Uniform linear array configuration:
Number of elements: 48
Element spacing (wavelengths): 1
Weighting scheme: binomial
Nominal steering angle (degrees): -45
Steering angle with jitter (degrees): -43.096
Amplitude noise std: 0.05
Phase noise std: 0.05

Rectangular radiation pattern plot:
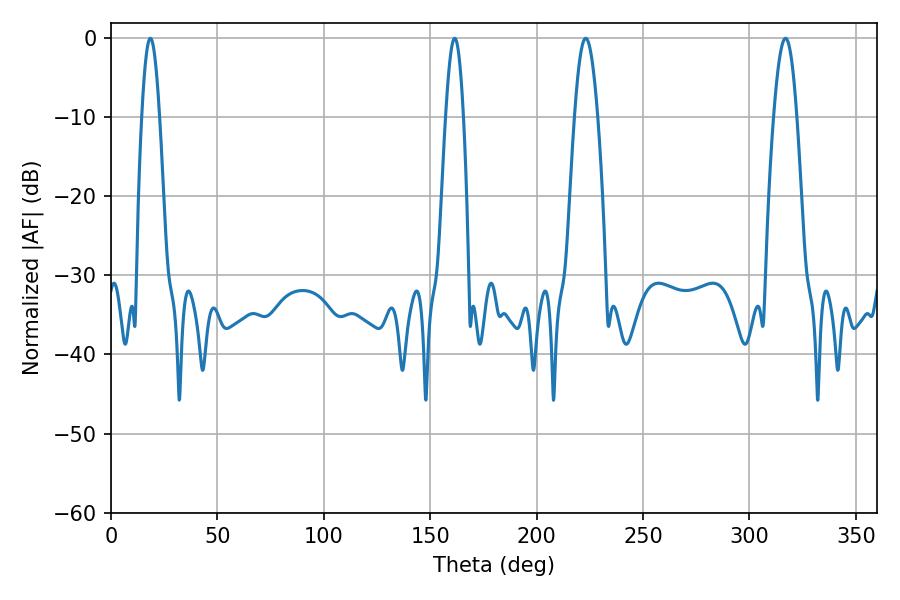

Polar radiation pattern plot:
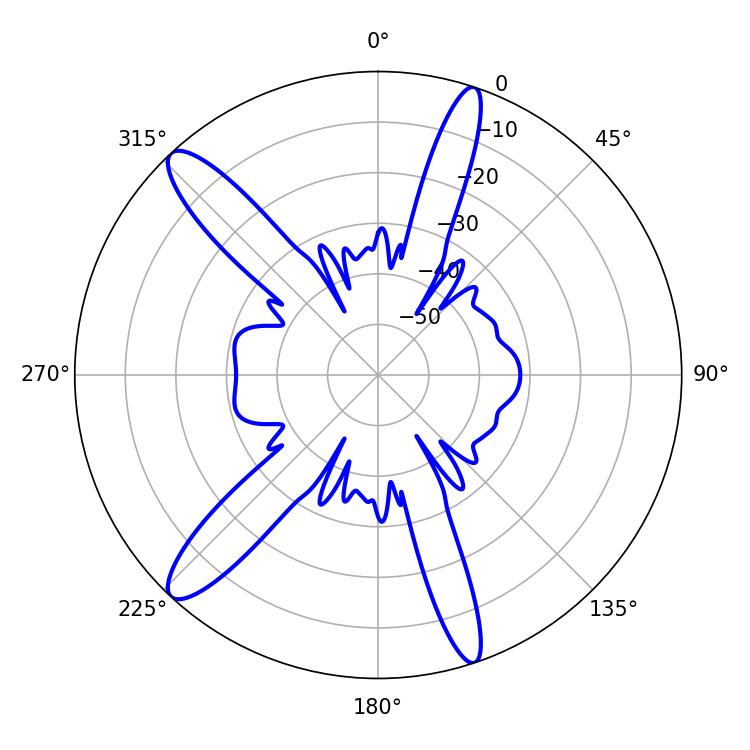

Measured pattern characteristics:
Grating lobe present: TRUE
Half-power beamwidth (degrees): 5.94
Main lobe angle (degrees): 223.02